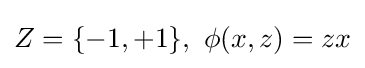
Z=\{-1,+1\},\ \phi (x,z)=zx